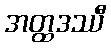
အတ္ထဒဿီ